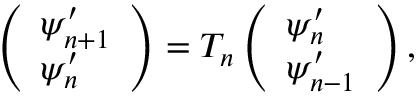
\left( \begin{array} { l } { \psi _ { n + 1 } ^ { \prime } } \\ { \psi _ { n } ^ { \prime } } \end{array} \right) = T _ { n } \left( \begin{array} { l } { \psi _ { n } ^ { \prime } } \\ { \psi _ { n - 1 } ^ { \prime } } \end{array} \right) ,